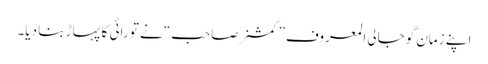
اپنے زمان گوجالی المعروف ”کمشنرصاحب“ نے تو رائی کا پہاڑ بنا دیا۔